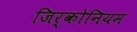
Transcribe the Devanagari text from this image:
जिर्कोनियम